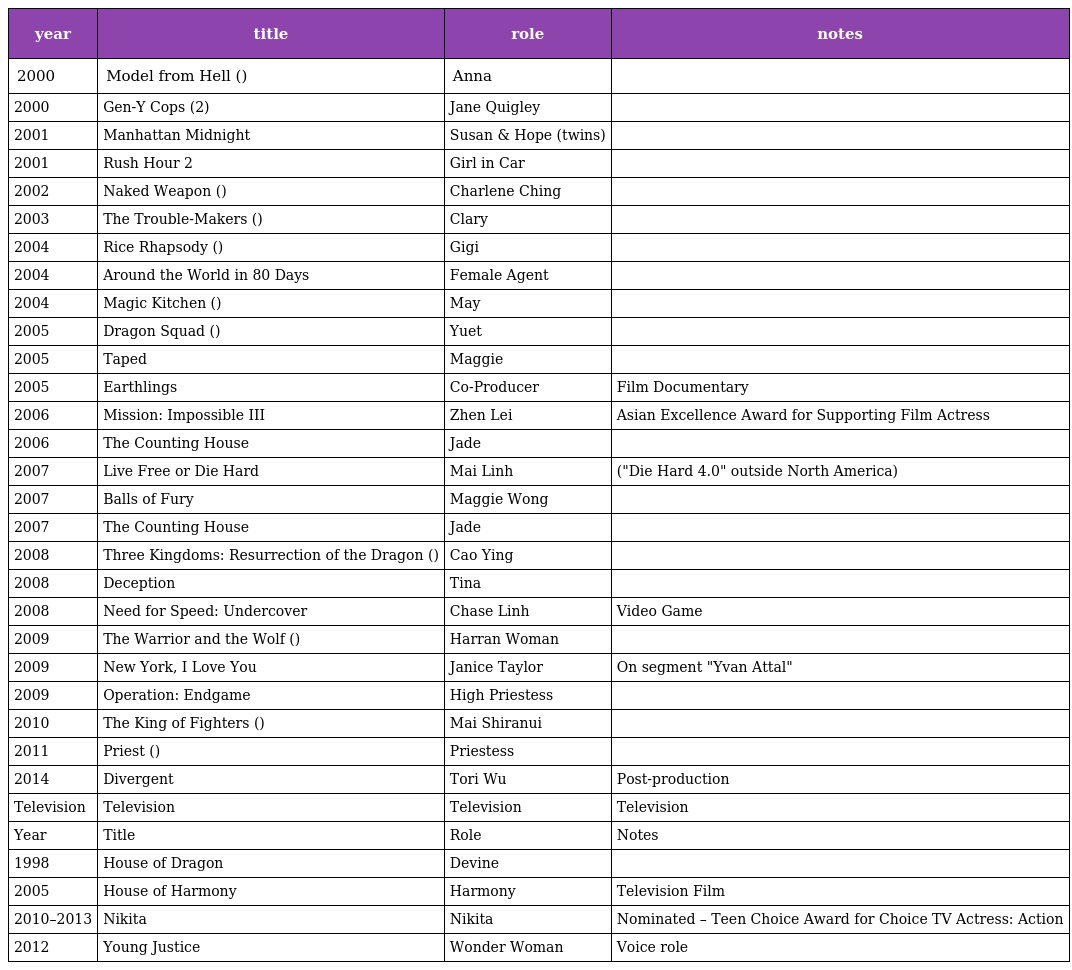
| year | title | role | notes |
 | --- | --- | --- | --- |
 | 2000 | Model from Hell (鬼名模) | Anna |  |
 | 2000 | Gen-Y Cops (特警新人类2) | Jane Quigley |  |
 | 2001 | Manhattan Midnight | Susan & Hope (twins) |  |
 | 2001 | Rush Hour 2 | Girl in Car |  |
 | 2002 | Naked Weapon (赤裸特工) | Charlene Ching |  |
 | 2003 | The Trouble-Makers (一屋两火) | Clary |  |
 | 2004 | Rice Rhapsody (海南鸡饭) | Gigi |  |
 | 2004 | Around the World in 80 Days | Female Agent |  |
 | 2004 | Magic Kitchen (魔幻厨房) | May |  |
 | 2005 | Dragon Squad (猛龙) | Yuet |  |
 | 2005 | Taped | Maggie |  |
 | 2005 | Earthlings | Co-Producer | Film Documentary |
 | 2006 | Mission: Impossible III | Zhen Lei | Asian Excellence Award for Supporting Film Actress |
 | 2006 | The Counting House | Jade |  |
 | 2007 | Live Free or Die Hard | Mai Linh | ("Die Hard 4.0" outside North America) |
 | 2007 | Balls of Fury | Maggie Wong |  |
 | 2007 | The Counting House | Jade |  |
 | 2008 | Three Kingdoms: Resurrection of the Dragon (三国之见龙卸甲) | Cao Ying |  |
 | 2008 | Deception | Tina |  |
 | 2008 | Need for Speed: Undercover | Chase Linh | Video Game |
 | 2009 | The Warrior and the Wolf (狼灾记) | Harran Woman |  |
 | 2009 | New York, I Love You | Janice Taylor | On segment "Yvan Attal" |
 | 2009 | Operation: Endgame | High Priestess |  |
 | 2010 | The King of Fighters (拳皇) | Mai Shiranui |  |
 | 2011 | Priest (驱魔者) | Priestess |  |
 | 2014 | Divergent | Tori Wu | Post-production |
 | Television | Television | Television | Television |
 | Year | Title | Role | Notes |
 | 1998 | House of Dragon | Devine |  |
 | 2005 | House of Harmony | Harmony | Television Film |
 | 2010–2013 | Nikita | Nikita | Nominated – Teen Choice Award for Choice TV Actress: Action |
 | 2012 | Young Justice | Wonder Woman | Voice role |